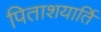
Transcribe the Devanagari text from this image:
पिताशयार्ति